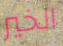
الخير